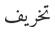
تخريف